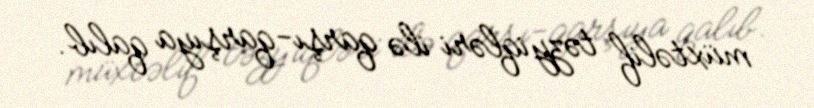
müxtəlif təzyiqləri ilə qarşı-qarşıya qalıb.